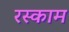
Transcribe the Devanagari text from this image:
रस्काम